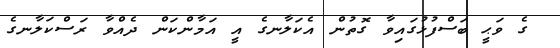
ގެ ވަޙީ ބަސްފުޅުގައިވާ ގޮތުން އެކަލާނގެ އީ އަމާންކަން ދެއްވާ ރަސްކަލާނގެ